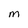
Character: m